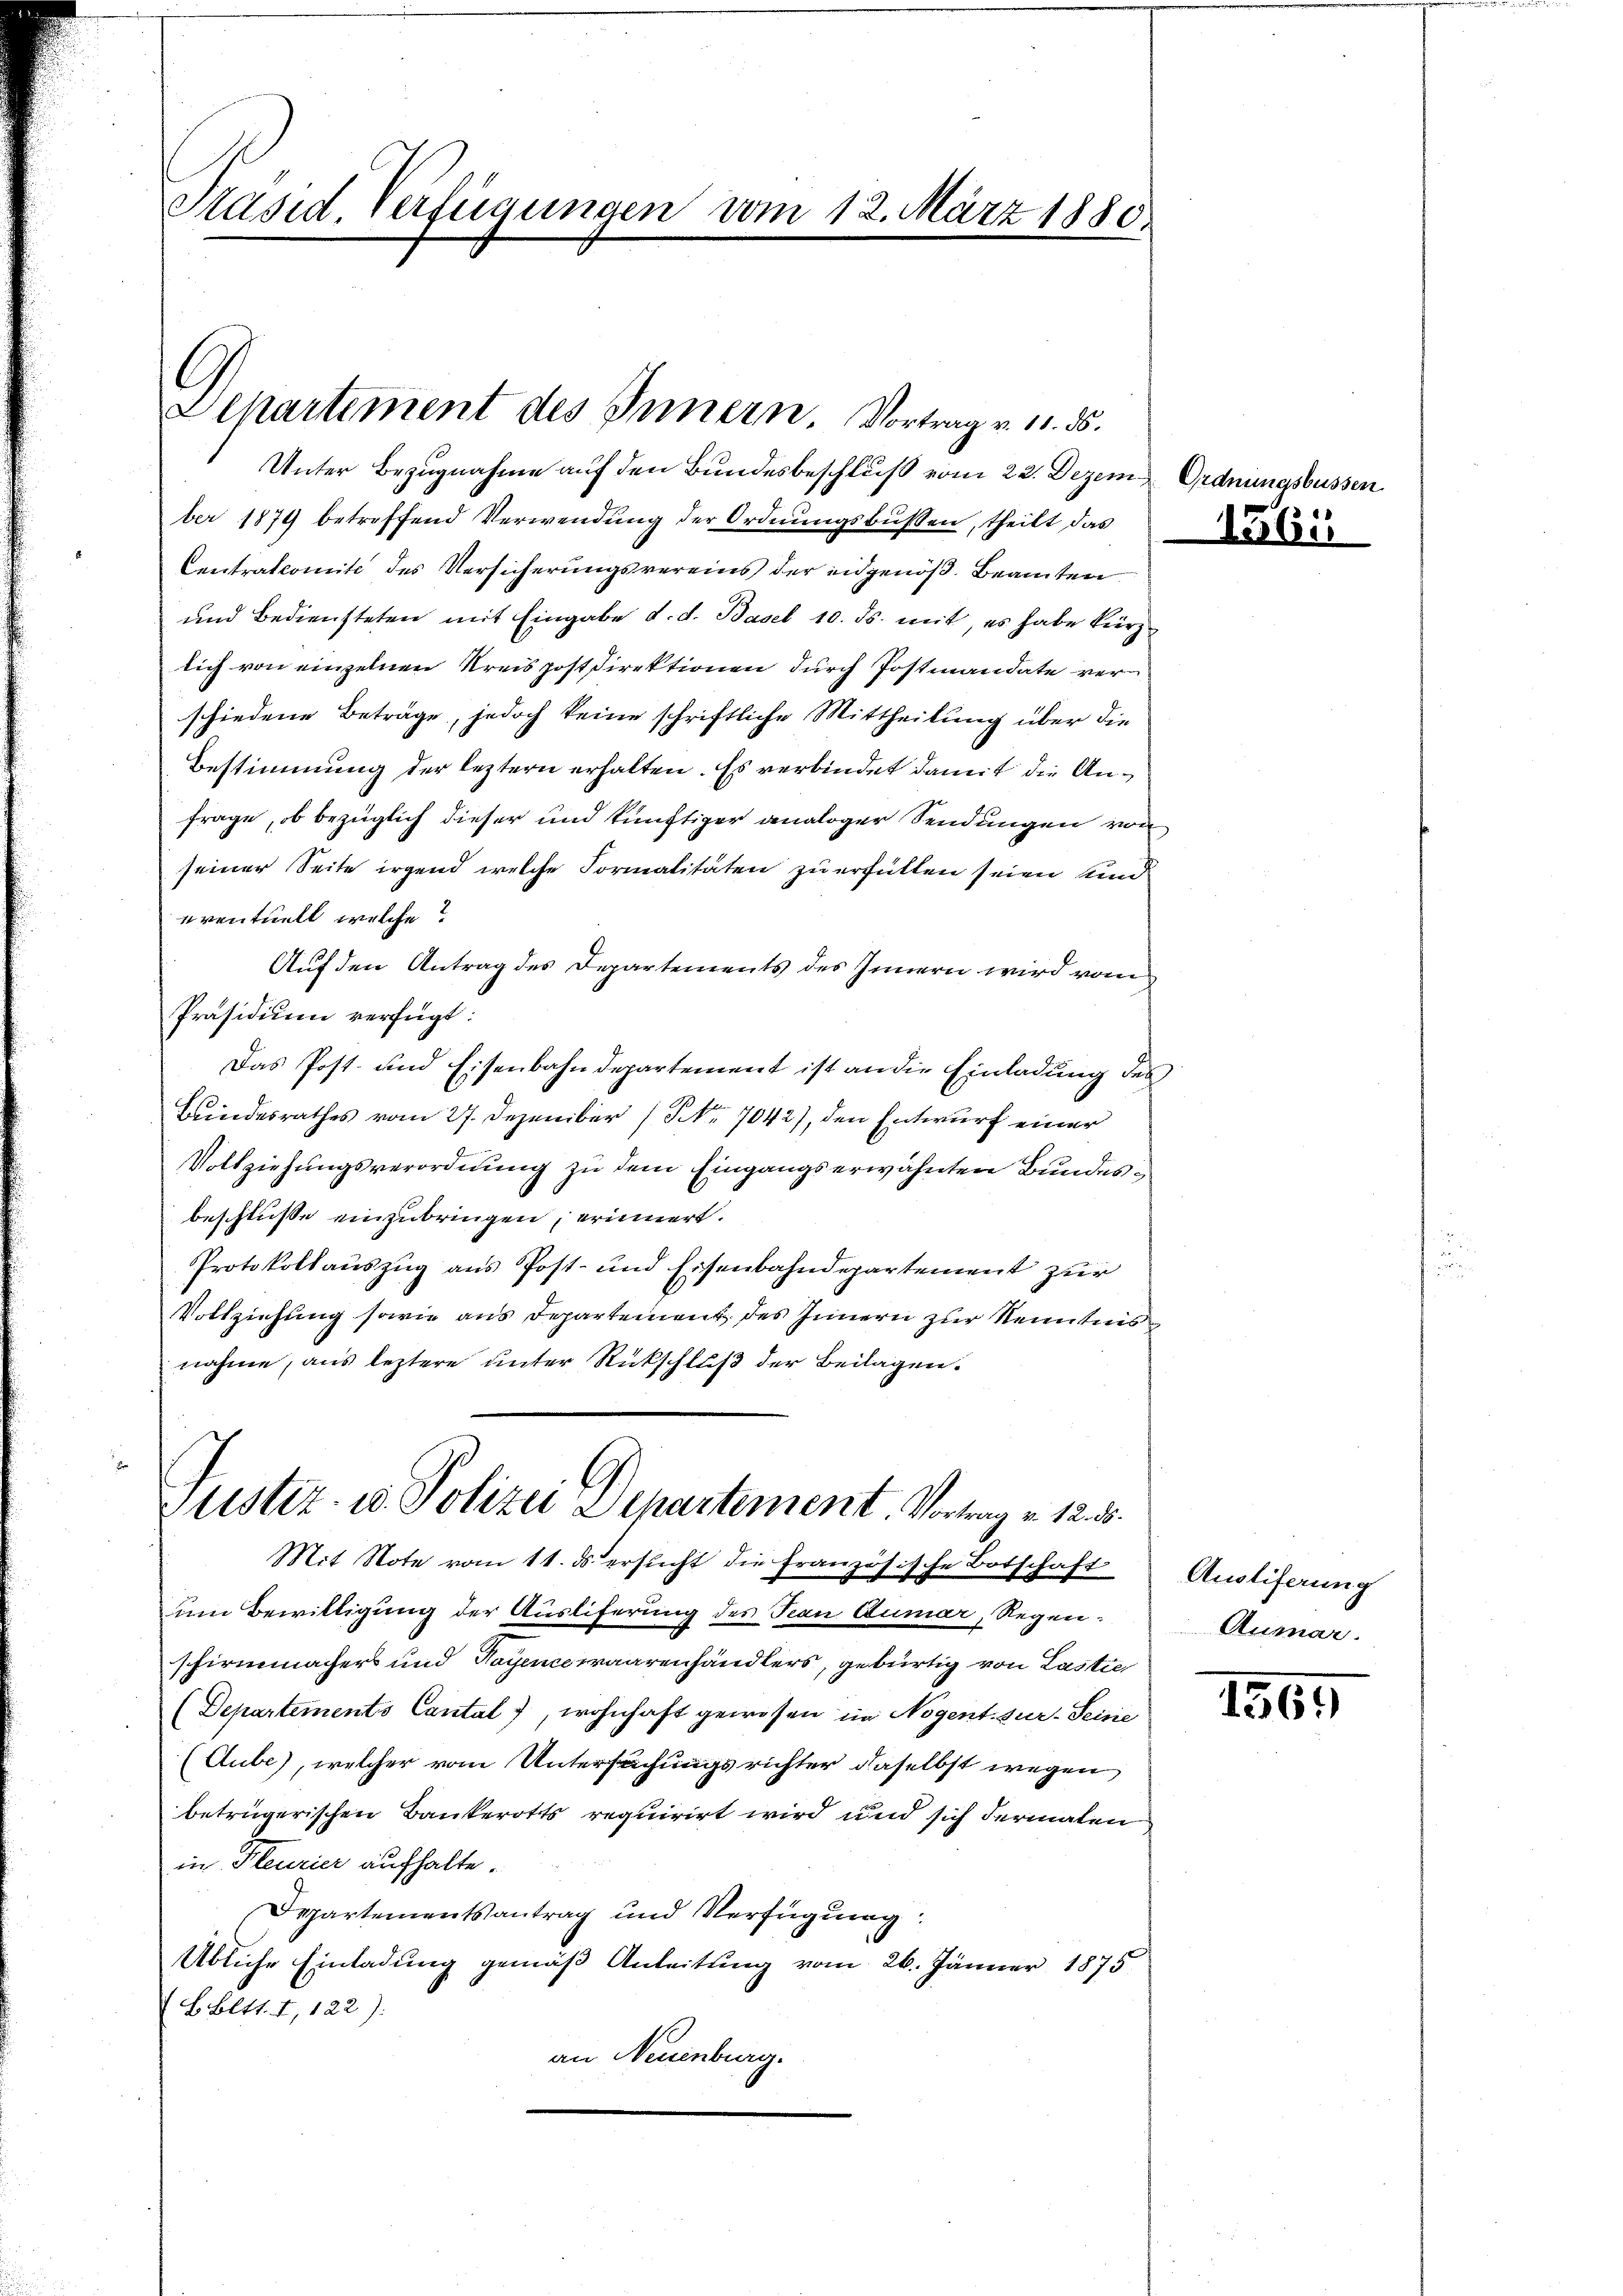
Präsid. Verfügungen vom 12. März 1880.

Departement des Innern. Vortrag v. 11. ds.

Unter Bezugnahme auf den Bundesbeschluß vom 22. Dezem Ordnu
ber 1879 betreffend Verwendung der Ordnungsbussen, theilt das
Centrationité des Versicherungsvereins der in genöß. Beamten
und Bediensteten mit Eingabe d. d. Basel 10. ds. mit es habe kürz
lich von einzelnen Kreispostdirektionen durch Postmandate verschiedene Beträge, jedoch keine schriftliche Mittheilung über die
Bestimmung der leztern erhalten. Es verbindet damit die Anfrage, ob bezüglich dieser und künftiger analoger Sendungen von
seiner Seite irgend welche Formalitäten zu erfüllen seien un
eventuell welche?
Auf den Antrag des Departements des Innern wird vom
Präsidium verfügt:
Das Post- und Eisenbahndepartement ist an die Einladung de
Bundesrathes vom 27. Dezember Nr. 7042), den Entwurf einer
Vollziehungsverordnung zu dem Eingangserwähnten Bundesbeschluße einzubringen, erinnert.
Protokollauszug aus Post- und Eisenbahndepartement zur
Vollziehung sowie aus Departement des Innern zur Kenntnis
nahme, aus leztere unter Rückschluß der Beilagen.
Justiz- u. Polizei Departement. Vortrag v. 12. 3.
Mit Note vom 11. ds. ersucht die Französische Botschaft
um Bewilligung der Ausliferung des Jean Dumar, Regen:
schirmmacher und Tagenewaarenhändlers, gebürtig von Lastie
(Departements Cantal, wohnhaft gewesen im Nogent. zur Seine
(Aube), welcher vom Untersuchungsrichter daselbst wegen
betrügerischen Bankerotts requirirt wird und sich dermaten
in Fleurier aufhalte.
Departementsantrag und Verfügung:
Übliche Einladung gemäß Anleitung vom 26. Jänner 1875
BEltt. I, 122):
an Neuenburg.

1561

Ausliferung
Aumar.

1361)

sbussen